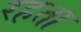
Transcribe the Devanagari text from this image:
रहता